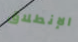
الإنطلاق